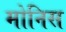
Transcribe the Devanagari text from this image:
मोनिस